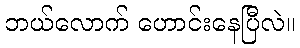
ဘယ်လောက် ဟောင်းနေပြီလဲ။